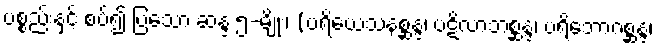
ပစ္စည်းနှင့် စပ်၍ ပြသော ဆန္ဒ ၅-မျိုး၊ (ပရိယေသနစ္ဆန္ဒ၊ ပဋိလာဘစ္ဆန္ဒ၊ ပရိဘောဂစ္ဆန္ဒ၊